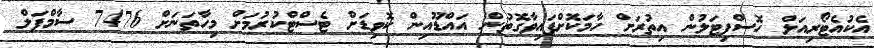
އެކުއެޓޯރިއަލް ހޮސްޕިޓަލުން އިތުރަށް ހާމަކޮށްފައިވާގޮތުން އައްޑޫއިން ކޮވިޑަށް ޓެސްޓްކުރުމަށް މިހާތަނަށް 7476 ސާމްޕަލް